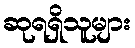
ဆုရရှိသူများ